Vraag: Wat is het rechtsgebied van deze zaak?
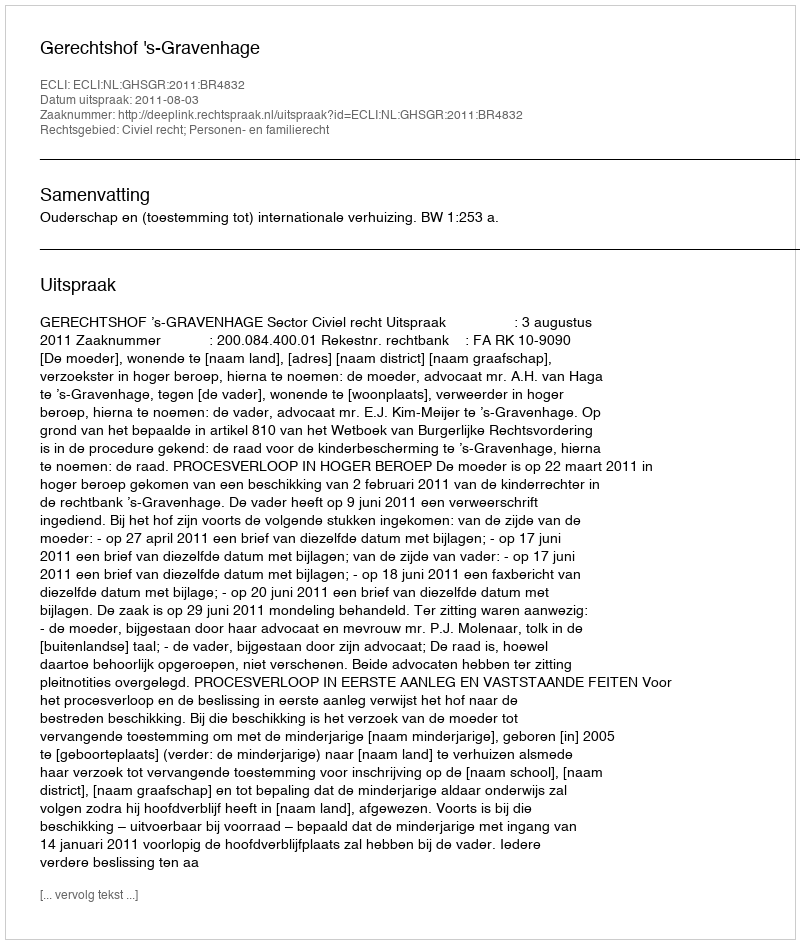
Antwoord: Civiel recht; Personen- en familierecht